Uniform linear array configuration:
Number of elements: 4
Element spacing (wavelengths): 0.75
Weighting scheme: binomial
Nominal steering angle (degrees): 45
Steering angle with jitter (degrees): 46.083
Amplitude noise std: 0.05
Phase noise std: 0.05

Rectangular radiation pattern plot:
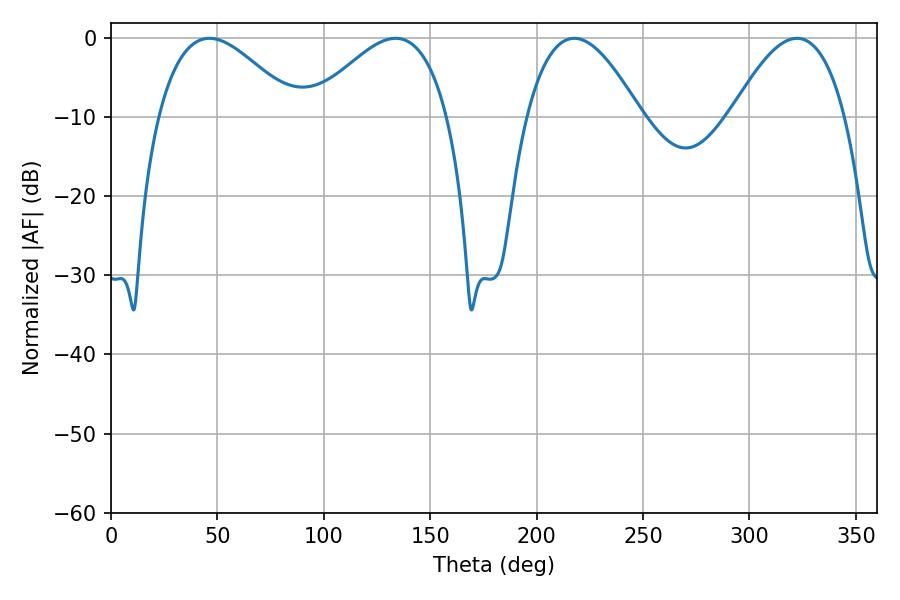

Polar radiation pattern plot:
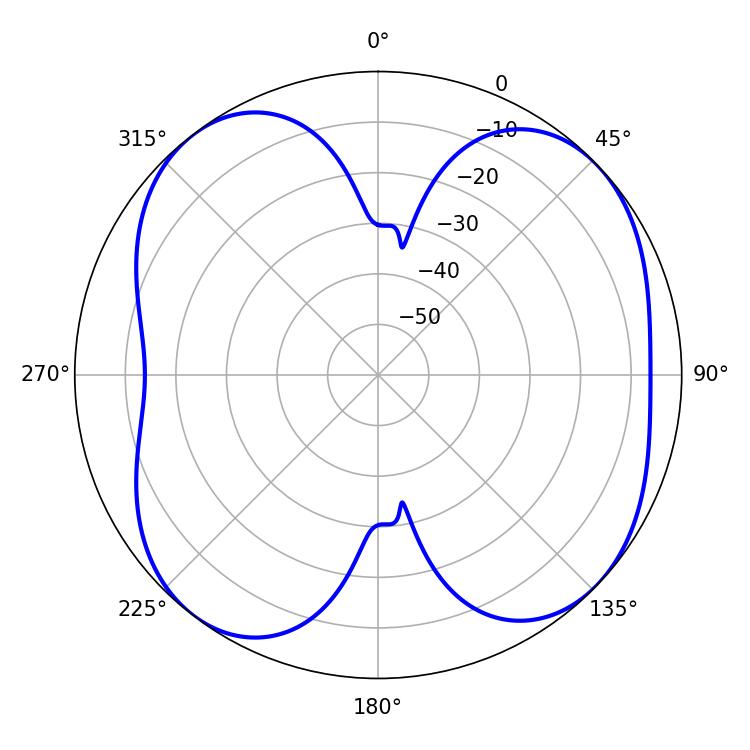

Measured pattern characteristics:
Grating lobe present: TRUE
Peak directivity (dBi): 8.196
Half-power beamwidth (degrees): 34.92
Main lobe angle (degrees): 46.26